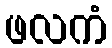
ဖလကံ